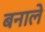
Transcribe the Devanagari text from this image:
बनाले